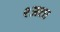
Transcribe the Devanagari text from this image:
९अशा